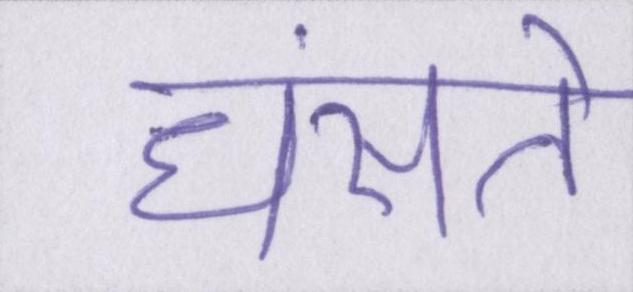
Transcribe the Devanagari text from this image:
धंसते